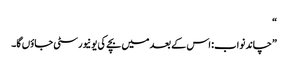
“
”چاند نواب: اس کے بعد میں بچے کی یونیورسٹی جاؤں گا۔